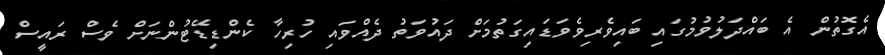
އެގޮތުން އެ ބައްދަލުވުމުގައި ބައިވެރިވެވަޑައިގަތުމަށް ދައުވަތު ދެއްވައި ހުރިހާ ކެންޑިޑޭޓުންނަށް ވެސް ރައީސް